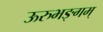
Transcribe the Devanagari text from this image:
ऊरुभङ्गम्